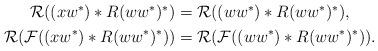
LaTeX: \begin{align*}\begin{aligned}\mathcal{R}((xw^*)*R(ww^*)^*)&=\mathcal{R}((ww^*)*R(ww^*)^*),\\\mathcal{R}(\mathcal{F}((xw^*)*R(ww^*)^*))&=\mathcal{R}(\mathcal{F}((ww^*)*R(ww^*)^*)).\end{aligned}\end{align*}